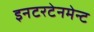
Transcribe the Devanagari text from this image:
इनटरटेनमेन्ट